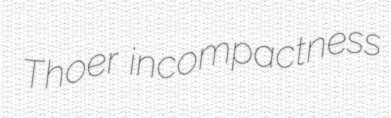
Thoer incompactness